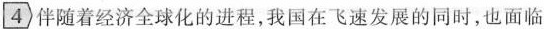
4 伴随着经济全球化的进程，我国在飞速发展的同时，也面临